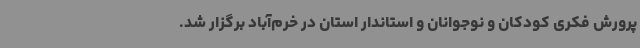
پرورش فکری کودکان و نوجوانان و استاندار استان در خرم‌آباد برگزار شد.